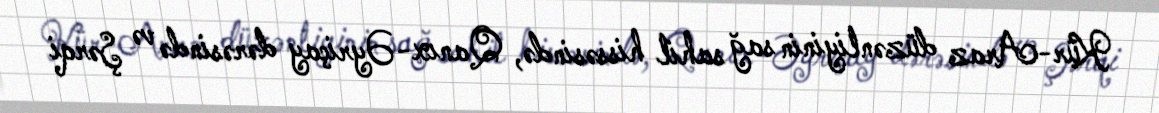
Kür-Araz düzənliyinin sağ sahil hissəsində, Qanıx-Əyriçay dərəsində və Şərqi